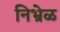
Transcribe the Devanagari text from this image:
निभ्रेळ